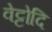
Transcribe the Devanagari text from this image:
वेट्टोदि